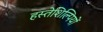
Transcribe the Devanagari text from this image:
हस्तेशिल्पियों